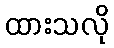
ထားသလို